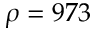
\rho = 9 7 3